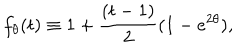
f _ { \theta } ( t ) \equiv 1 + { \frac { ( t - 1 ) } { 2 } } ( 1 - e ^ { 2 \theta } ) ,